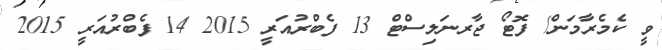
ވީ ކެމެރާމަން/ ފޮޓޯ ޖާރނަލިސްޓް 13 ފެބްރުއަރީ 2015 14 ފެބްރުއަރީ 2015